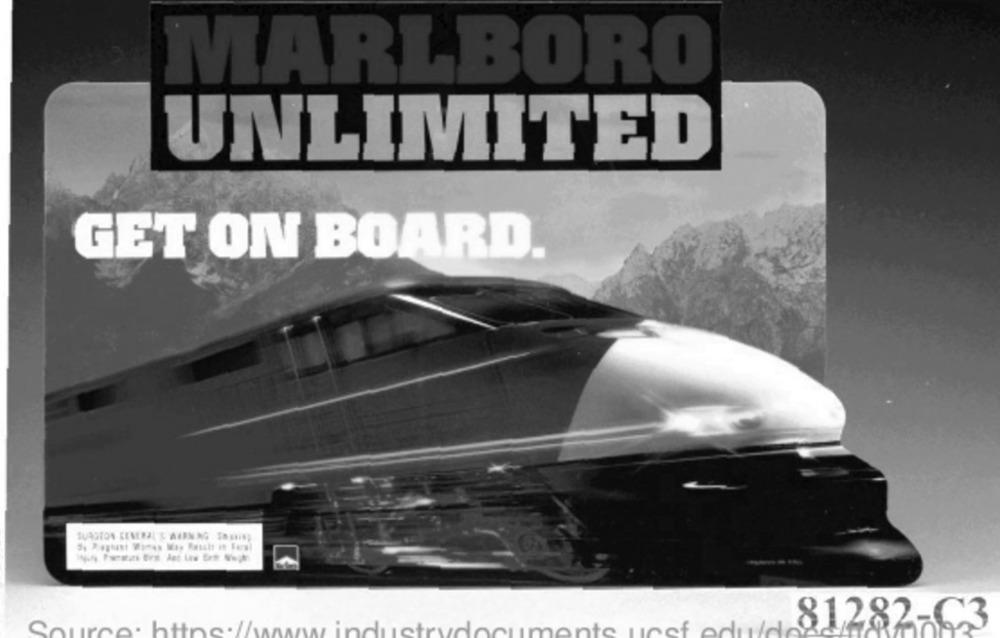
MARLBORO
UNLIMITED
GET ON BOARD.
SUASTON GENERAL'S WEBNAG SOSIIN)
81,282-C3